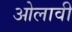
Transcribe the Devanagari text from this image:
ओलावी